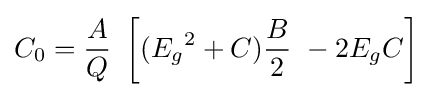
C_{0}={\frac {A}{Q}}\ \left[({E_{g}}^{2}+C){\frac {B}{2}}\ -2E_{g}C\right]